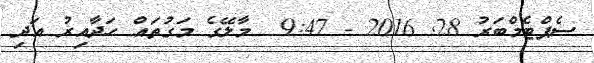
ސެޕްޓެމްބަރު 28